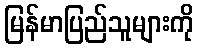
မြန်မာပြည်သူများကို